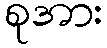
စုအား